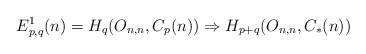
\begin{align*}E^{1}_{p,q}(n) &= H_{q}(O_{n,n}, C_{p}(n)) \Rightarrow H_{p+q}(O_{n,n}, C_{*}(n))\end{align*}